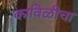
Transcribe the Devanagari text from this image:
काविळीचा